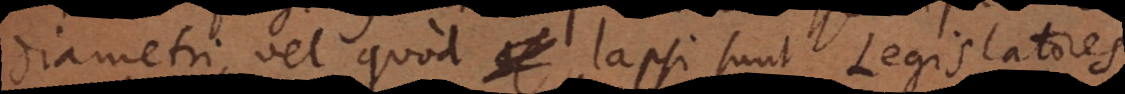
diametri, vel quod lapsi sunt Legislatores,